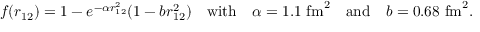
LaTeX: f ( r _ { 1 2 } ) = 1 - e ^ { - \alpha r _ { 1 2 } ^ { 2 } } ( 1 - b r _ { 1 2 } ^ { 2 } ) \quad \mathrm { w i t h } \quad \alpha = 1 . 1 ~ \mathrm { f m } ^ { 2 } \quad \mathrm { a n d } \quad b = 0 . 6 8 ~ \mathrm { f m } ^ { 2 } .